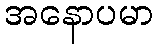
အနောပမာ